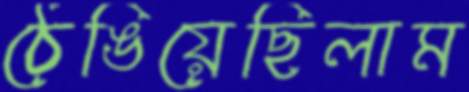
ঠেঙিয়েছিলাম